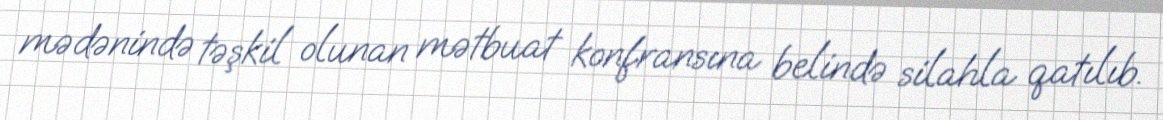
mədənində təşkil olunan mətbuat konfransına belində silahla qatılıb.